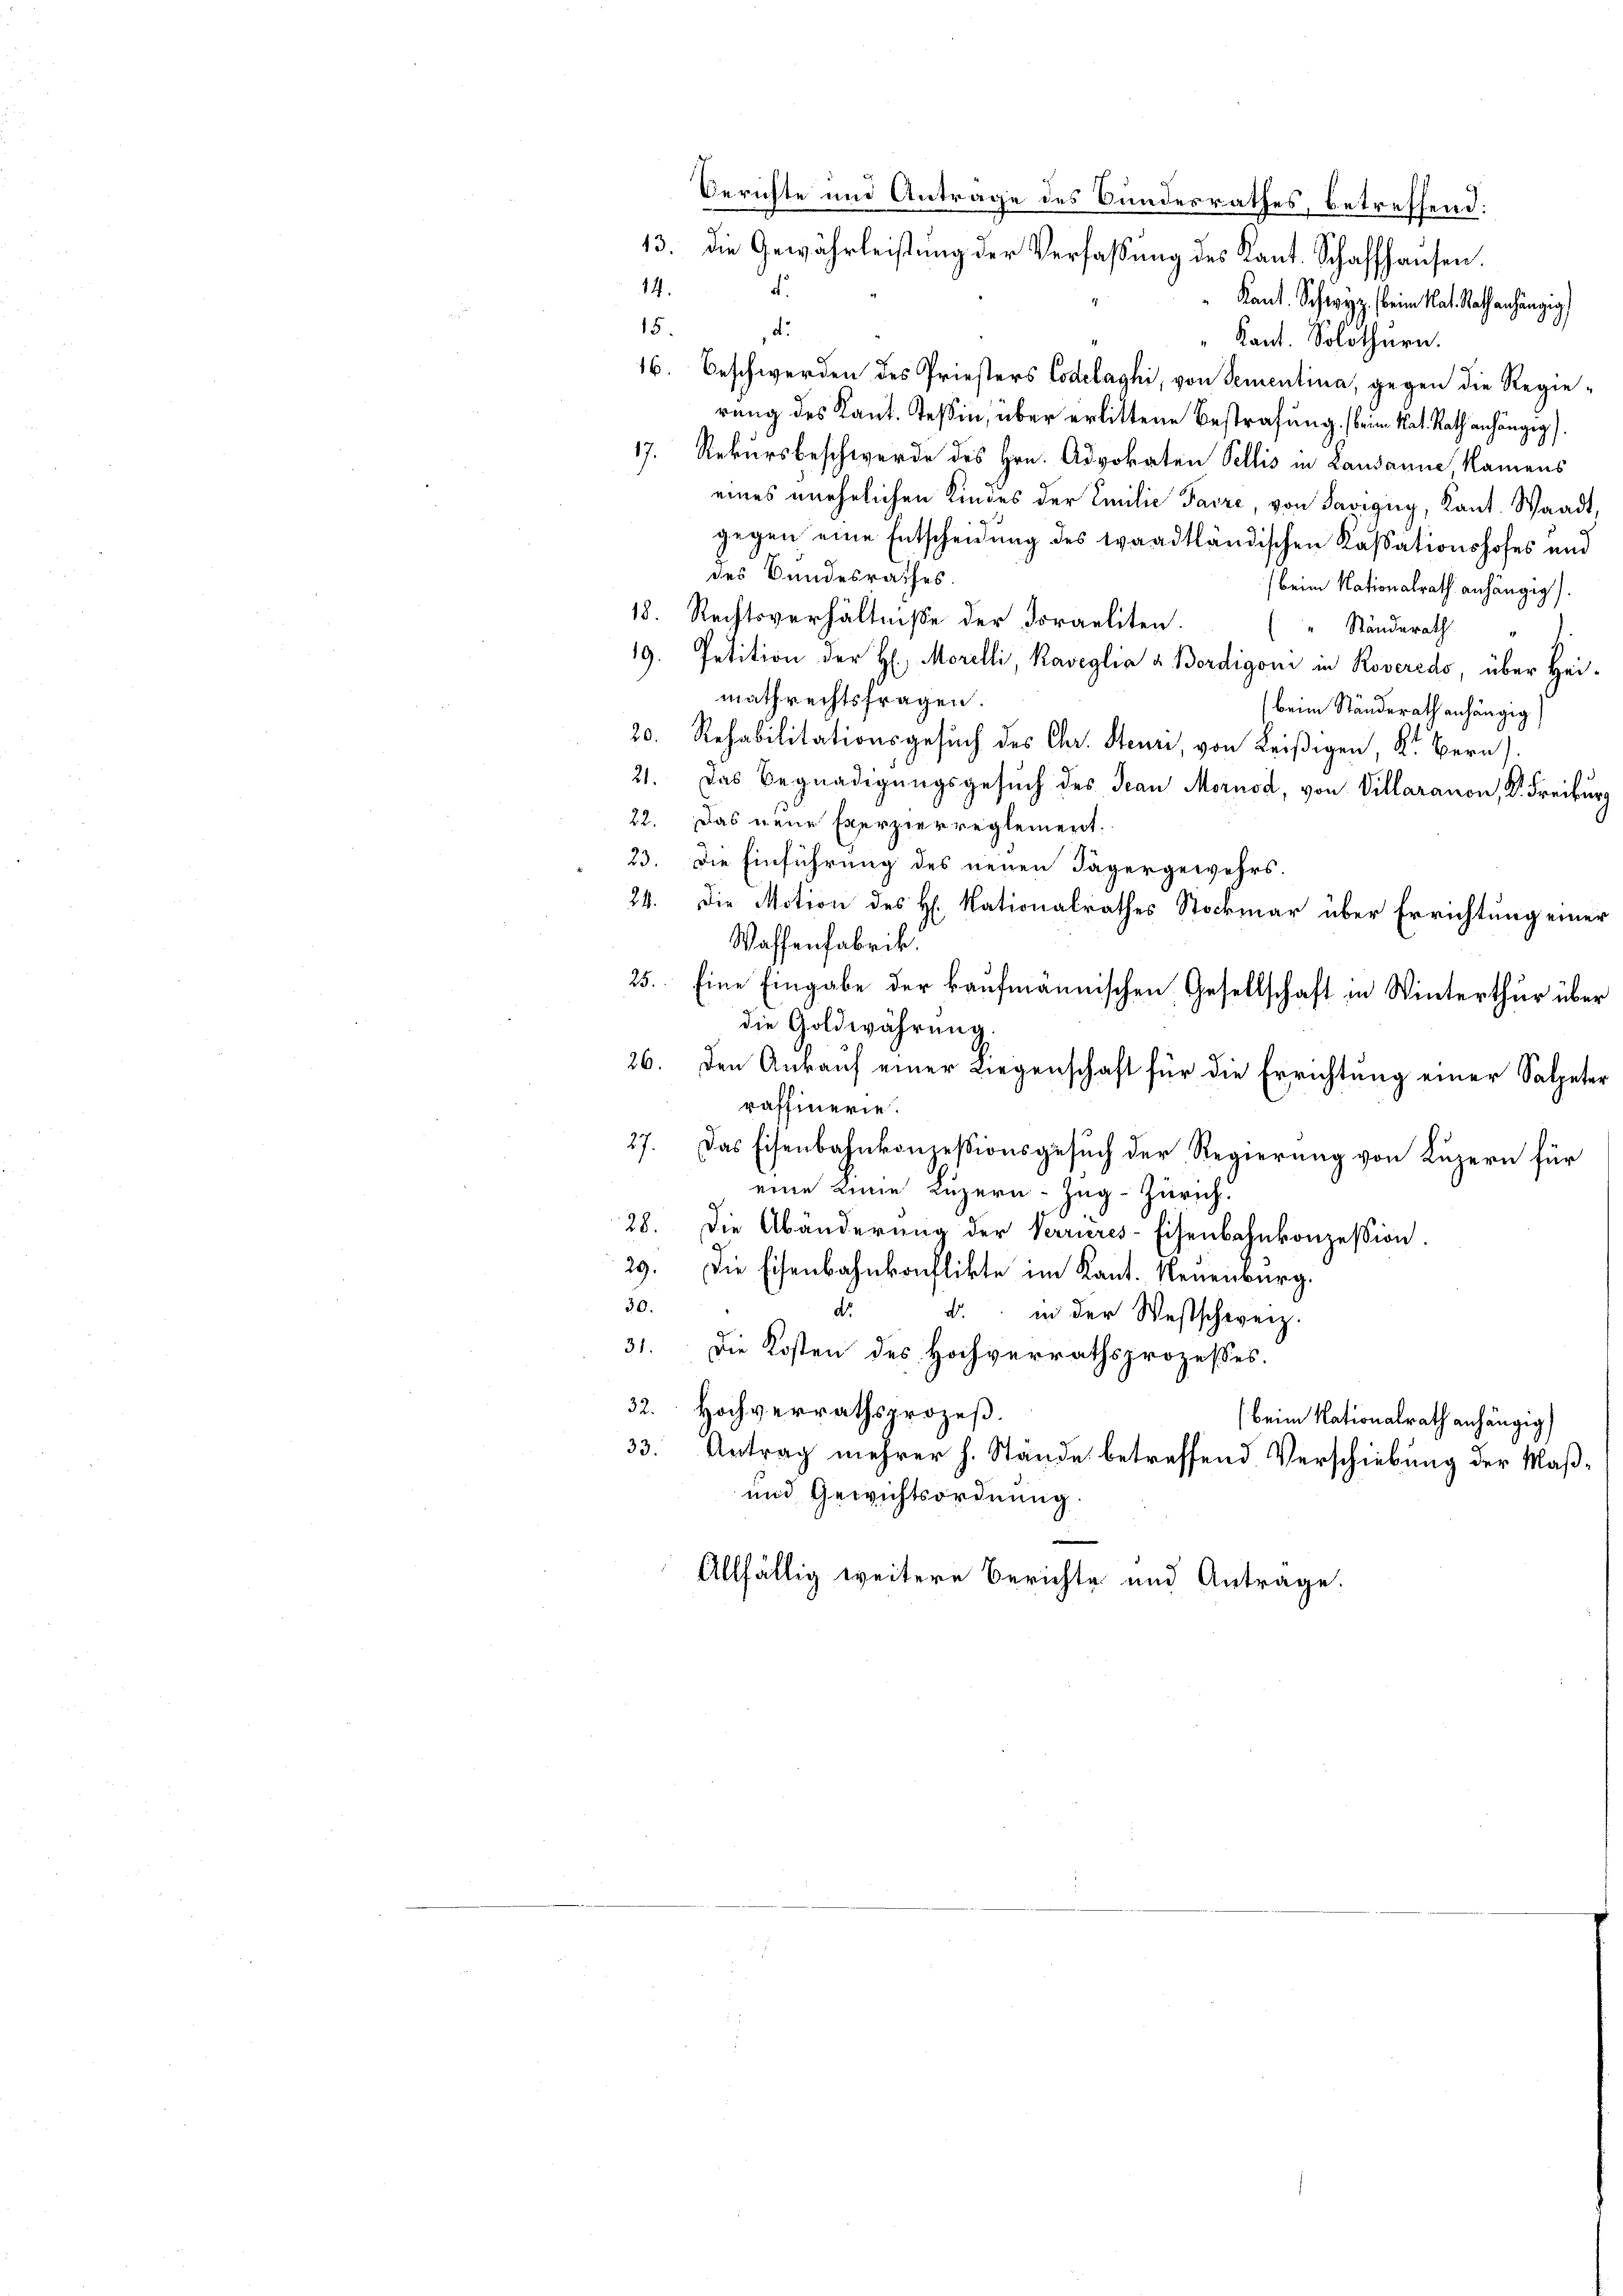
15.
d.
" Kant. Solothurn.
16. Beschwerden des Priesters Codelaghi, von Sementina, gegen die Regierung des Kant. Teßin, über erlittene Bestrafung, beim Nat. Rath anhängig.
17. Rekursbeschwerde des Hrn. Advokaten Pellis in Lausanne Namens
eines unehelichen Kindes der Emilie Parze, von Savigny, Kant. Waadt,
gegen eine Entscheidung des waadtländischen Kassationshofes und
des Bundesrathes.
) beim Nationalrath anhängig).
18. Rechtsverhältnisse der Doraeliten. ( Ständerath
19. Petition der H. Morelli, Kaveglia u. Bordigoni in Roveredo, über Heimathrechtsfragen.
(beim Ständerath anhängig
20. Rehabilitationsgesuch des Chr. Steur, von Leißigen, Kt. Bern).
21. Das Begnadigŭngsgesŭch des Jean Mornod, von Villaranon, K. Freiburg
22. Das neue Exerzierreglement.
23. Die Einführung des neuen Jägergewehrs
24. Die Motion des H. Nationalrathes Stockmar über Errichtung einer
Waffenfabrik.
25. Eine Eingabe der kaufmännischen Gesellschaft in Winterthur über
die Goldwährung.
26. Den Ankauf einer Liegenschaft für die Errichtung einer Salpeter
raffinerie.
27. Das Eisenbahnkonzessionsgesuch der Regierung von Luzern für
eine eine Luzern Zug-Zürich.
28. Die Abänderung der Verrieres-Eisenbahnkonzession.
29. Die Eisenbahnkonflikte im Kant. Neuenburg.
30.
dr.
d. in der Westschweiz.
31. Die Kosten des Hochverrathsprozesses.
32. Hochverrathsprozeβ.
(beim Nationalrath anhängig
33. Antrag mehrer h. Stände betreffend Verschiebung der Maß¬
und Gewichtsordnung.
Allfällig weitere Berichte und Antrage.

Berichte und Antrage des Bundesrathes, betreffend.
13. die Gewährleistung der Verfaßung des Kant. Schaffhausen.
14.
d.
“ Kant. Schwyz, beim Rat Rath anhängig